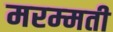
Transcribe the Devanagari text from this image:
मरम्‍मती